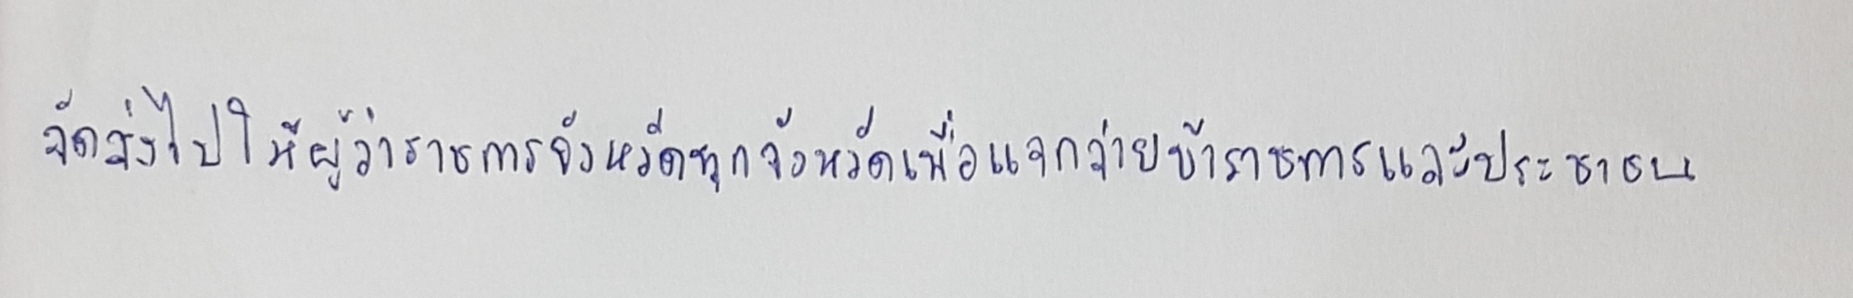
จัดส่งไปให้ผู้ว่าราชการจังหวัดทุกจังหวัดเพื่อแจกจ่ายข้าราชการและประชาชน